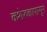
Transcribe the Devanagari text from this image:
कशेरुकापासून